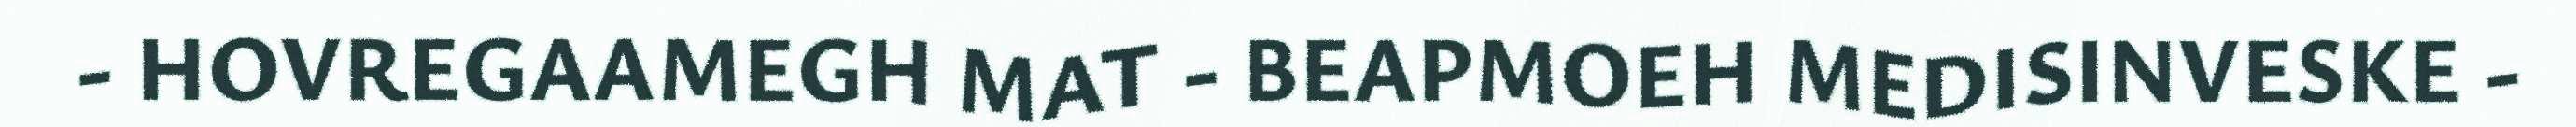
- HOVREGAAMEGH MAT - BEAPMOEH MEDISINVESKE -